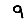
Digit: 9